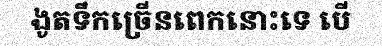
ងូតទឹកច្រើនពេកនោះទេ បើ